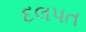
દલપત